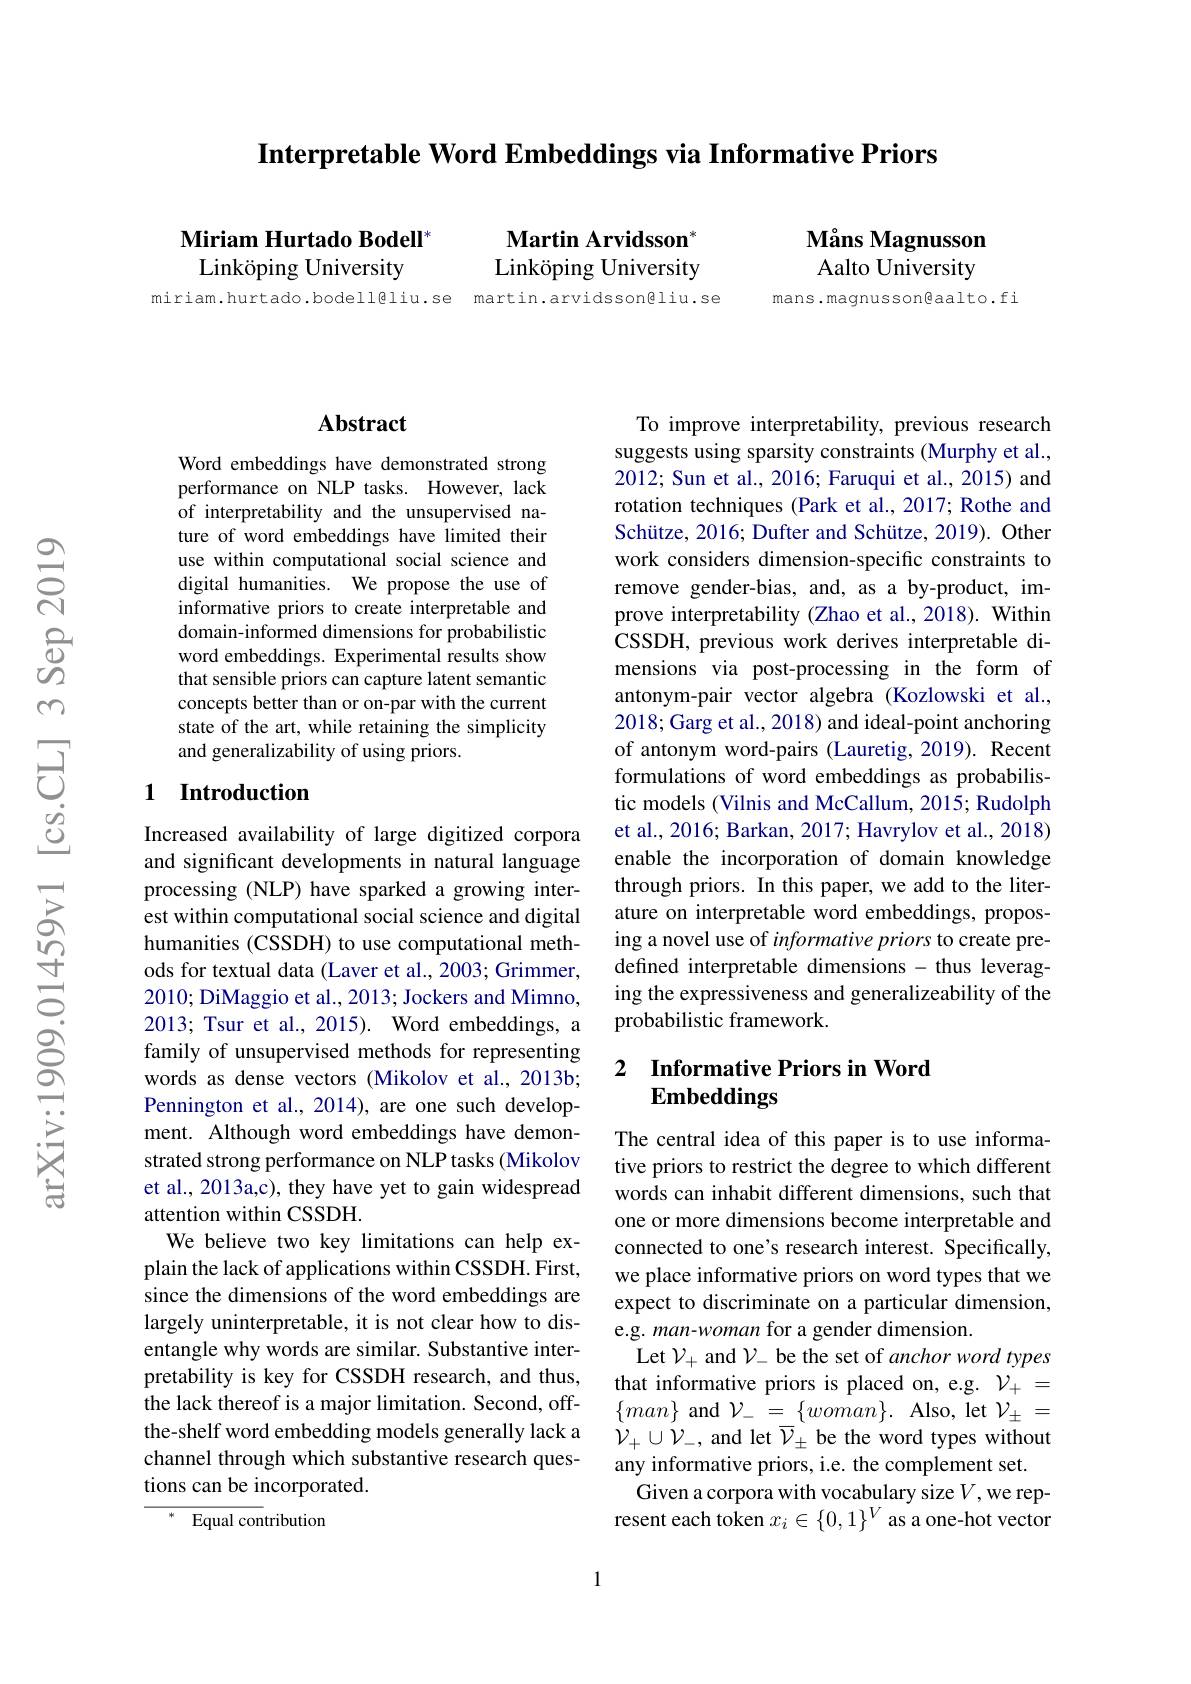
Interpretable Word Embeddings via Informative Priors

Miriam Hurtado Bodell$^{*}$
Linköping University

$\textbf{Martin Arvidsson}^*$ Linköping University

miriam.hurtado.bodell@liu.se martin.arvidsson@liu.se

Måns Magnusson Aalto University

mans.magnusson@aalto.fi

### Abstract

Word embeddings have demonstrated strong performance on NLP tasks. However, lack of interpretability and the unsupervised nature of word embeddings have limited their use within computational social science and digital humanities. We propose the use of informative priors to create interpretable and domain-informed dimensions for probabilistic word embeddings. Experimental results show that sensible priors can capture latent semantic concepts better than or on-par with the current state of the art, while retaining the simplicity and generalizability of using priors.

### 1 Introduction

Increased availability of large digitized corpora and significant developments in natural language processing (NLP) have sparked a growing interest within computational social science and digital humanities (CSSDH) to use computational methods for textual data (Laver et al., 2003; Grimmer, 2010; DiMaggio et al., 2013; Jockers and Mimno, 2013; Tsur et al., 2015). Word embeddings, a family of unsupervised methods for representing words as dense vectors (Mikolov et al.,2013b; Pennington et al., 2014), are one such development. Although word embeddings have demonstrated strong performance on NLP tasks (Mikolov et al., 2013a,c), they have yet to gain widespread attention within CSSDH.
We believe two key limitations can help explain the lack of applications within CSSDH. First, since the dimensions of the word embeddings are largely uninterpretable, it is not clear how to disentangle why words are similar. Substantive interpretability is key for CSSDH research, and thus, the lack thereof is a major limitation. Second, offthe-shelf word embedding models generally lack a channel through which substantive research questions can be incorporated.
$^*$ Equal contribution

1

To improve interpretability, previous research suggests using sparsity constraints (Murphy et al., 2012; Sun et al., 2016; Faruqui et al., 2015) and rotation techniques (Park et al., 2017; Rothe and Schütze, 2016; Dufter and Schütze, 2019). Other work considers dimension-specific constraints to remove gender-bias, and, as a by-product, improve interpretability (Zhao et al., 2018). Within CSSDH, previous work derives interpretable dimensions via post-processing in the form of antonym-pair vector algebra(Kozlowski et al., 2018; Garg et al., 2018) and ideal-point anchoring of antonym word-pairs (Lauretig, 2019). Recent formulations of word embeddings as probabilistic models (Vilnis and McCallum, 2015; Rudolph et al., 2016; Barkan, 2017; Havrylov et al., 2018) enable the incorporation of domain knowledge through priors. In this paper, we add to the literature on interpretable word embeddings, proposing a novel use of informative priors to create predefined interpretable dimensions - thus leveraging the expressiveness and generalizeability of the probabilistic framework.

### 2 $\textbf{Informative Priors in Word}$ Embeddings

The central idea of this paper is to use informative priors to restrict the degree to which different words can inhabit different dimensions, such that one or more dimensions become interpretable and connected to one's research interest. Specifically, we place informative priors on word types that we expect to discriminate on a particular dimension, e.g. man-woman for a gender dimension.
Let $\mathcal{V}_+$ and $\mathcal{V}_-$ be the set of anchor word types that informative priors is placed on, e.g. $\mathcal{V}_+=$ $\{man\}$ and $\mathcal{V}_-=\{woman\}.$ Also, let $\mathcal{V}_\pm=$ $\dot{\mathcal{V}}_{+}\cup\dot{\mathcal{V}}_{-}$, and let $\overline{\mathcal{V}}_{\pm}$ be the word types without any informative priors, i.e. the complement set.
Given a corpora with vocabulary size $V$,we represent each token $x_i\in\{0,1\}^V$ as a one-hot vector